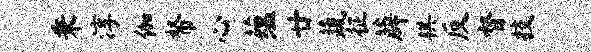
秉淳伽帑心蕴廿蔬征薜棋反督技